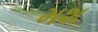
મશ